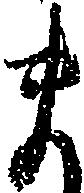
ま